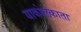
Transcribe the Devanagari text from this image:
याकोलकाता